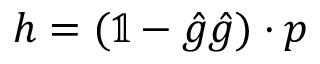
\boldsymbol { h } = ( \mathbb { 1 } - \boldsymbol { \hat { g } } \boldsymbol { \hat { g } } ) \cdot \boldsymbol { p }